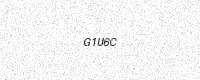
Text: G1U6C